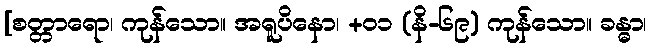
[စတ္တာရော၊ ကုန်သော။ အရူပိနော၊ +၀၁ (နိ-၆၉) ကုန်သော။ ခန္ဓာ၊